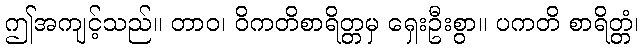
ဤအကျင့်သည်။ တာဝ၊ ဝိကတိစာရိတ္တမှ ရှေးဦးစွာ။ ပကတိ စာရိတ္တံ၊